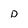
Character: D